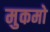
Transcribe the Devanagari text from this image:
मुकमो